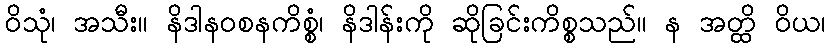
ဝိသုံ၊ အသီး။ နိဒါနဝစနကိစ္စံ၊ နိဒါန်းကို ဆိုခြင်းကိစ္စသည်။ န အတ္ထိ ဝိယ၊